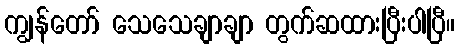
ကျွန်တော် သေသေချာချာ တွက်ဆထားပြီးပါပြီ။